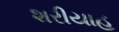
શરીયાહ